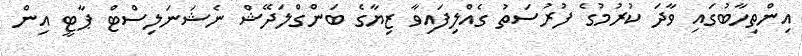
އިންތިހާބުގައި ވާދަ ކުރުމުގެ ފުރުސަތު ގެއްލިފައިވާ ޒިޔާގެ ބަންގްލަދޭޝް ނެޝަނަލިސްޓް ޕާޓީ އިން